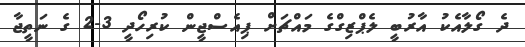
ދެ ގޯލާއެކު އާރުބީ ލެޕްޒިގްގެ މައްޗަށް ޕިއެސްޖީން ކުރިހޯދީ 3-2 ގެ ނަތީޖާ